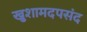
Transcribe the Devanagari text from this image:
खुशामदपसंद